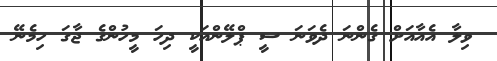
ވިލާ އެއާއަށް ގެންނަ ދެވަނަ ސީ ޕްލޭންއަކީ ދިހަ މީހުންގެ ޖާގަ ހިމެނޭ